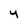
Character: y